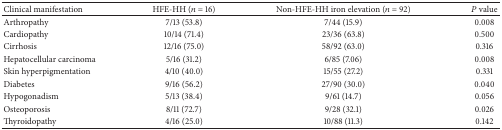
<table><thead><tr><td><b>Clinical manifestation </b></td><td><b>HFE-HH (<i>n</i> = 16)</b></td><td><b>Non-HFE-HH iron elevation (<i>n</i> = 92)</b></td><td><b><i>P</i> value</b></td></tr></thead><tbody><tr><td>Arthropathy</td><td> 7/13 (53.8)</td><td> 7/44 (15.9)</td><td>0.008</td></tr><tr><td>Cardiopathy</td><td>10/14 (71.4)</td><td>23/36 (63.8)</td><td>0.500</td></tr><tr><td>Cirrhosis</td><td>12/16 (75.0)</td><td>58/92 (63.0)</td><td>0.316</td></tr><tr><td>Hepatocellular carcinoma</td><td>5/16 (31.2)</td><td>6/85 (7.06)</td><td>0.008</td></tr><tr><td>Skin hyperpigmentation</td><td>4/10 (40.0)</td><td>15/55 (27.2)</td><td>0.331</td></tr><tr><td>Diabetes</td><td>9/16 (56.2)</td><td>27/90 (30.0)</td><td>0.040</td></tr><tr><td>Hypogonadism</td><td>5/13 (38.4)</td><td>9/61 (14.7)</td><td>0.056</td></tr><tr><td>Osteoporosis</td><td>8/11 (72.7)</td><td>9/28 (32.1)</td><td>0.026</td></tr><tr><td>Thyroidopathy</td><td>4/16 (25.0)</td><td>10/88 (11.3)</td><td>0.142</td></tr></tbody></table>